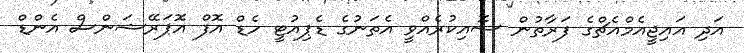
އަދި އައިޖީއެމްއެޗްގެ ފަރާތުން ސޮއިކުރެއްވީ އެތަނުގެ ޑެޕިއުޓީ ހެޑް އޮފް އޮޕަރޭޝަންސް އެންޑް